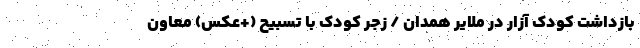
بازداشت کودک آزار در ملایر همدان / زجر کودک با تسبیح (+عکس) معاون